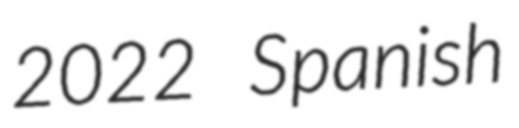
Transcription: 2022 Spanish